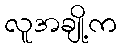
လူအချို့က